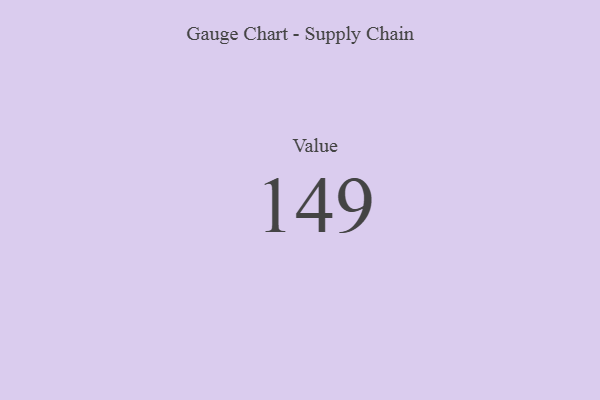
{"axis": {"x": "Metric", "y": "Value"}, "legend": [""], "data": [{"x": "Value", "y": 149, "type": ""}]}